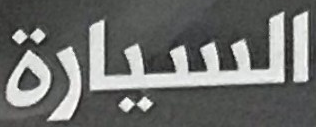
السيارة